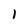
Character: 1